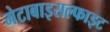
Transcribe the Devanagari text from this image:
मेटाबाइसल्फाइट